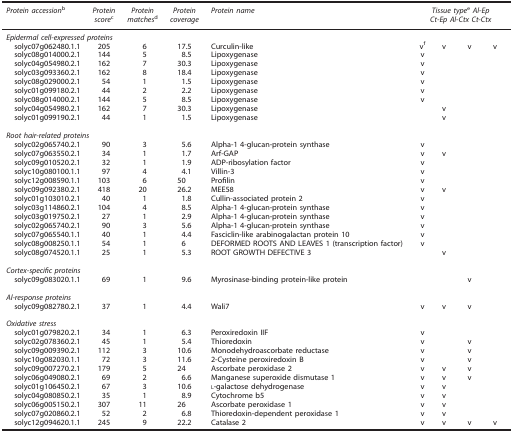
<table><thead><tr><td><b><i>Protein accession</i>b</b></td><td><b><i>Protein score</i>c</b></td><td><b><i>Protein matches</i>d</b></td><td><b><i>Protein coverage</i></b></td><td><b><i>Protein name</i></b></td><td colspan="4"><b><i>Tissue type</i>e<i>Al-Ep Ct-Ep Al-Ctx Ct-Ctx</i></b></td></tr></thead><tbody><tr><td colspan="9"><i>Epidermal cell-expressed proteins</i></td></tr><tr><td> solyc07g062480.1.1</td><td>205</td><td>6</td><td>17.5</td><td>Curculin-like</td><td>vf</td><td>v</td><td>v</td><td>v</td></tr><tr><td> solyc08g014000.2.1</td><td>144</td><td>5</td><td>8.5</td><td>Lipoxygenase</td><td>v</td><td> </td><td> </td><td> </td></tr><tr><td> solyc04g054980.2.1</td><td>162</td><td>7</td><td>30.3</td><td>Lipoxygenase</td><td>v</td><td> </td><td> </td><td> </td></tr><tr><td> solyc03g093360.2.1</td><td>162</td><td>8</td><td>18.4</td><td>Lipoxygenase</td><td>v</td><td> </td><td> </td><td> </td></tr><tr><td> solyc08g029000.2.1</td><td>54</td><td>1</td><td>1.5</td><td>Lipoxygenase</td><td>v</td><td> </td><td> </td><td> </td></tr><tr><td> solyc01g099180.2.1</td><td>44</td><td>2</td><td>2.2</td><td>Lipoxygenase</td><td>v</td><td> </td><td> </td><td> </td></tr><tr><td> solyc08g014000.2.1</td><td>144</td><td>5</td><td>8.5</td><td>Lipoxygenase</td><td>v</td><td> </td><td> </td><td> </td></tr><tr><td> solyc04g054980.2.1</td><td>162</td><td>7</td><td>30.3</td><td>Lipoxygenase</td><td> </td><td>v</td><td> </td><td> </td></tr><tr><td> solyc01g099190.2.1</td><td>44</td><td>1</td><td>1.5</td><td>Lipoxygenase</td><td> </td><td>v</td><td> </td><td> </td></tr><tr><td> </td><td> </td><td> </td><td> </td><td> </td><td> </td><td> </td><td> </td><td> </td></tr><tr><td colspan="9"><i>Root hair-related proteins</i></td></tr><tr><td> solyc02g065740.2.1</td><td>90</td><td>3</td><td>5.6</td><td>Alpha-1 4-glucan-protein synthase</td><td>v</td><td> </td><td> </td><td> </td></tr><tr><td> solyc07g063550.2.1</td><td>34</td><td>1</td><td>1.7</td><td>Arf-GAP</td><td>v</td><td>v</td><td> </td><td> </td></tr><tr><td> solyc09g010520.2.1</td><td>32</td><td>1</td><td>1.9</td><td>ADP-ribosylation factor</td><td>v</td><td> </td><td> </td><td> </td></tr><tr><td> solyc10g080100.1.1</td><td>97</td><td>4</td><td>4.1</td><td>Villin-3</td><td>v</td><td> </td><td> </td><td> </td></tr><tr><td> solyc12g008590.1.1</td><td>103</td><td>6</td><td>50</td><td>Profilin</td><td>v</td><td> </td><td> </td><td> </td></tr><tr><td> solyc09g092380.2.1</td><td>418</td><td>20</td><td>26.2</td><td>MEE58</td><td>v</td><td>v</td><td> </td><td> </td></tr><tr><td> solyc01g103010.2.1</td><td>40</td><td>1</td><td>1.8</td><td>Cullin-associated protein 2</td><td>v</td><td> </td><td> </td><td> </td></tr><tr><td> solyc03g114860.2.1</td><td>104</td><td>4</td><td>8.5</td><td>Alpha-1 4-glucan-protein synthase</td><td>v</td><td> </td><td> </td><td> </td></tr><tr><td> solyc03g019750.2.1</td><td>27</td><td>1</td><td>2.9</td><td>Alpha-1 4-glucan-protein synthase</td><td>v</td><td> </td><td> </td><td> </td></tr><tr><td> solyc02g065740.2.1</td><td>90</td><td>3</td><td>5.6</td><td>Alpha-1 4-glucan-protein synthase</td><td>v</td><td> </td><td> </td><td> </td></tr><tr><td> solyc07g065540.1.1</td><td>40</td><td>1</td><td>4.4</td><td>Fasciclin-like arabinogalactan protein 10</td><td>v</td><td> </td><td> </td><td> </td></tr><tr><td> solyc08g008250.1.1</td><td>54</td><td>1</td><td>6</td><td>DEFORMED ROOTS AND LEAVES 1 (transcription factor)</td><td>v</td><td> </td><td> </td><td> </td></tr><tr><td> solyc08g074520.1.1</td><td>25</td><td>1</td><td>5.3</td><td>ROOT GROWTH DEFECTIVE 3</td><td> </td><td>v</td><td> </td><td> </td></tr><tr><td> </td><td> </td><td> </td><td> </td><td> </td><td> </td><td> </td><td> </td><td> </td></tr><tr><td colspan="9"><i>Cortex-specific proteins</i></td></tr><tr><td> solyc09g083020.1.1</td><td>69</td><td>1</td><td>9.6</td><td>Myrosinase-binding protein-like protein</td><td> </td><td> </td><td>v</td><td> </td></tr><tr><td> </td><td> </td><td> </td><td> </td><td> </td><td> </td><td> </td><td> </td><td> </td></tr><tr><td colspan="9"><i>Al-response proteins</i></td></tr><tr><td> solyc09g082780.2.1</td><td>37</td><td>1</td><td>4.4</td><td>Wali7</td><td>v</td><td>v</td><td>v</td><td> </td></tr><tr><td> </td><td> </td><td> </td><td> </td><td> </td><td> </td><td> </td><td> </td><td> </td></tr><tr><td colspan="9"><i>Oxidative stress</i></td></tr><tr><td> solyc01g079820.2.1</td><td>34</td><td>1</td><td>6.3</td><td>Peroxiredoxin IIF</td><td>v</td><td> </td><td> </td><td> </td></tr><tr><td> solyc02g078360.2.1</td><td>45</td><td>1</td><td>5.4</td><td>Thioredoxin</td><td>v</td><td> </td><td>v</td><td> </td></tr><tr><td> solyc09g009390.2.1</td><td>112</td><td>3</td><td>10.6</td><td>Monodehydroascorbate reductase</td><td>v</td><td> </td><td>v</td><td> </td></tr><tr><td> solyc10g082030.1.1</td><td>72</td><td>3</td><td>11.6</td><td>2-Cysteine peroxiredoxin B</td><td>v</td><td> </td><td>v</td><td> </td></tr><tr><td> solyc09g007270.2.1</td><td>179</td><td>5</td><td>24</td><td>Ascorbate peroxidase 2</td><td>v</td><td>v</td><td>v</td><td> </td></tr><tr><td> solyc06g049080.2.1</td><td>69</td><td>2</td><td>6.6</td><td>Manganese superoxide dismutase 1</td><td>v</td><td>v</td><td>v</td><td> </td></tr><tr><td> solyc01g106450.2.1</td><td>67</td><td>3</td><td>10.6</td><td>L-galactose dehydrogenase</td><td>v</td><td>v</td><td> </td><td> </td></tr><tr><td> solyc04g080850.2.1</td><td>35</td><td>1</td><td>8.9</td><td>Cytochrome b5</td><td>v</td><td>v</td><td> </td><td> </td></tr><tr><td> solyc06g005150.2.1</td><td>307</td><td>11</td><td>26</td><td>Ascorbate peroxidase 1</td><td>v</td><td>v</td><td> </td><td> </td></tr><tr><td> solyc07g020860.2.1</td><td>52</td><td>2</td><td>6.8</td><td>Thioredoxin-dependent peroxidase 1</td><td>v</td><td>v</td><td> </td><td> </td></tr><tr><td> solyc12g094620.1.1</td><td>245</td><td>9</td><td>22.2</td><td>Catalase 2</td><td>v</td><td>v</td><td>v</td><td>v</td></tr></tbody></table>